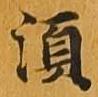
須